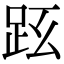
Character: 𧿠